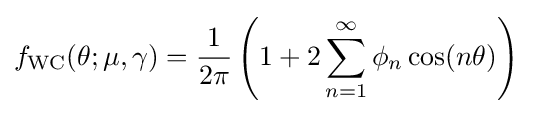
f_{\text{WC}}(\theta ;\mu ,\gamma )={\frac {1}{2\pi }}\left(1+2\sum _{n=1}^{\infty }\phi _{n}\cos(n\theta )\right)